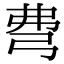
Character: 𢏇